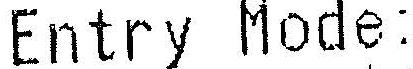
ENTRY MODE: